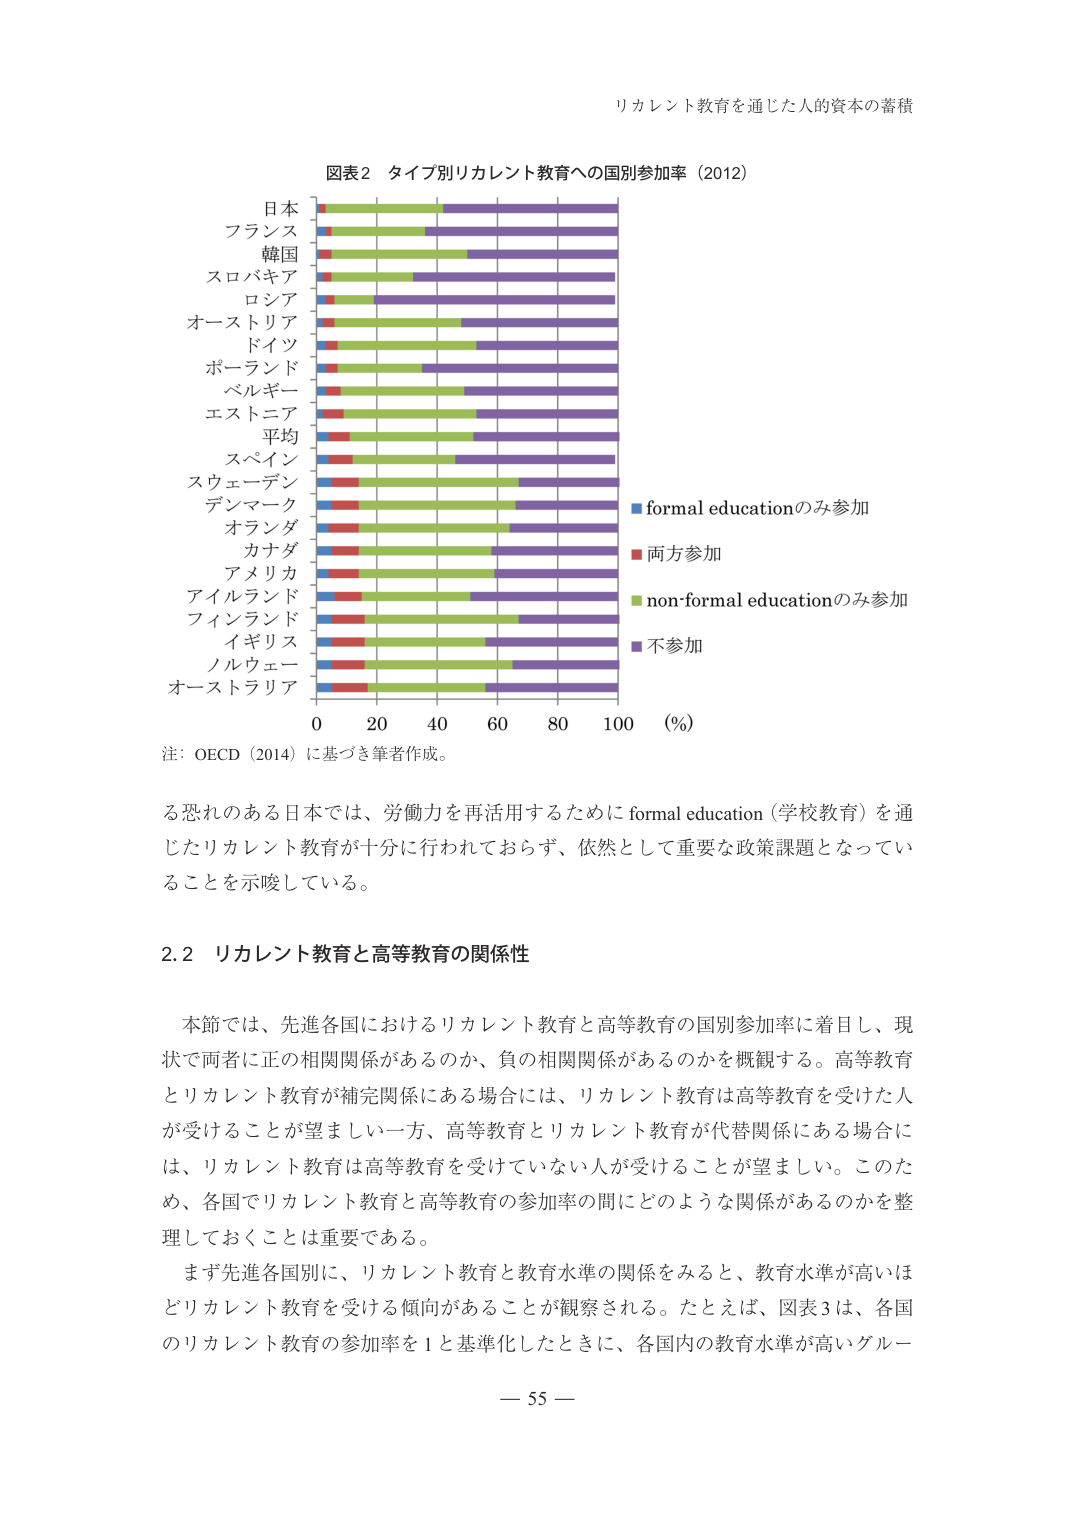
リカレント教育を通じた人的資本の蓄積

図表2 タイプ別リカレント教育への国別参加率（2012）

日本
フランス
韓国
スロバキア
ロシア
オーストリア
ドイツ
ポーランド
ベルギー
エストニア
平均
スペイン
スウェーデン
デンマーク
オランダ
カナダ
アメリカ
アイルランド
フィンランド
イギリス
ノルウェー
オーストラリア

0 20 40 60 80 100 (%)

■ formal educationのみ参加
■ 両方参加
■ non-formal educationのみ参加
■ 不参加

注：OECD（2014）に基づき筆者作成。

る恐れのある日本では、労働力を再活用するためにformal education（学校教育）を通じたリカレント教育が十分に行われておらず、依然として重要な政策課題となっていることを示唆している。

2.2 リカレント教育と高等教育の関係性

本節では、先進各国におけるリカレント教育と高等教育の国別参加率に着目し、現状で両者に正の相関関係があるのか、負の相関関係があるのかを概観する。高等教育とリカレント教育が補完関係にある場合には、リカレント教育は高等教育を受けた人が受けることが望ましい一方、高等教育とリカレント教育が代替関係にある場合には、リカレント教育は高等教育を受けていない人が受けることが望ましい。このため、各国でリカレント教育と高等教育の参加率の間にどのような関係があるのかを整理しておくことは重要である。

まず先進各国別に、リカレント教育と教育水準の関係をみると、教育水準が高いほどリカレント教育を受ける傾向があることが観察される。たとえば、図表3は、各国のリカレント教育の参加率を1と基準化したときに、各国内の教育水準が高いグルー

— 55 —